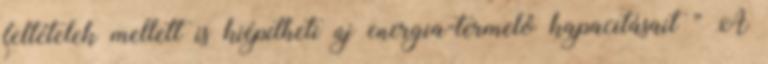
feltételek mellett is kiépítheti új energia-termelő kapacitásait ” A